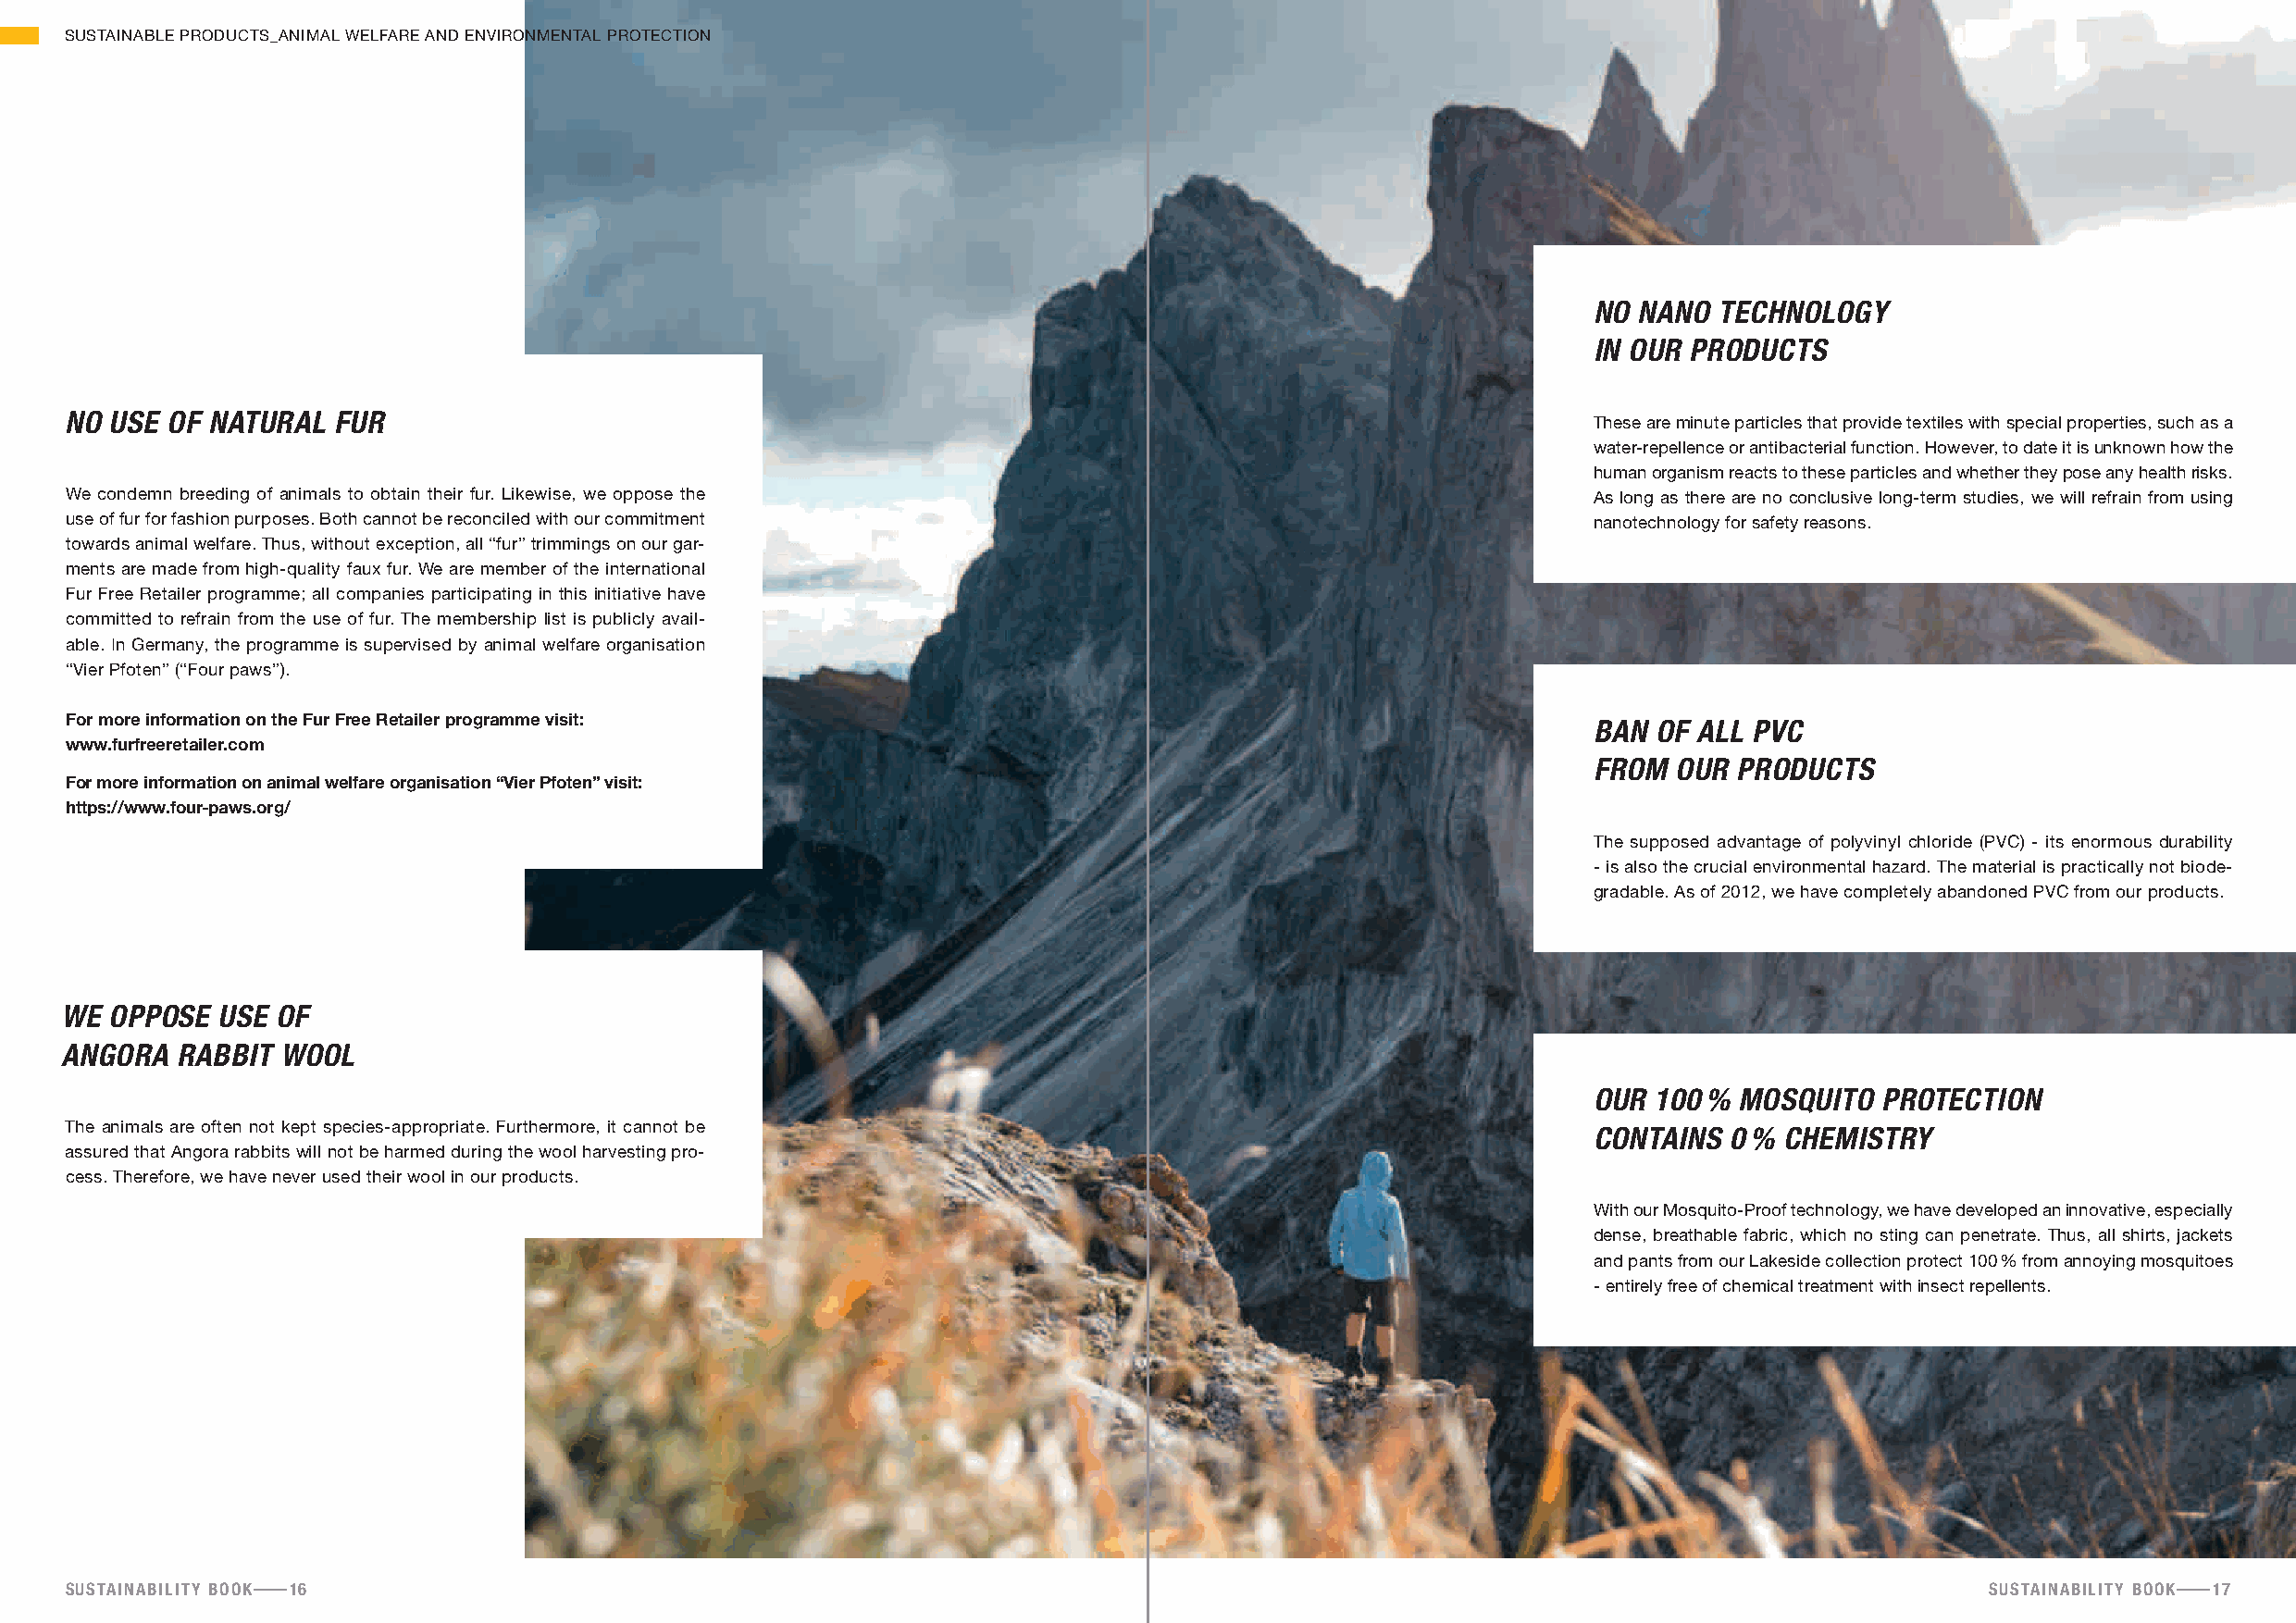
SUSTAINABLE PRODUCTS_ANIMAL WELFARE AND ENVIRONMENTAL PROTECTION
 no nano  technology
 in ouR PRoducts
 no use of natuRal  fuR                                                                                       These are minute particles that provide textiles with special properties, such as a
 water-repellence or antibacterial function. However, to date it is unknown how the
 human organism reacts to these particles and whether they pose any health risks.
 We condemn breeding of animals to obtain their fur. Likewise, we oppose the                                  As long as there are no conclusive long-term studies, we will refrain from using
 use of fur for fashion purposes. Both cannot be reconciled with our commitment                               nanotechnology for safety reasons.
 towards animal welfare. Thus, without exception, all “fur” trimmings on our gar-
 ments are made from high-quality faux fur. We are member of the international
 Fur Free Retailer programme; all companies participating in this initiative have
 committed to refrain from the use of fur. The membership list is publicly avail-
 able. In Germany, the programme is supervised by animal welfare organisation
 “Vier Pfoten” (“Four paws”).
 for more information on the fur free retailer programme visit:
 ban of all PVc
 www.furfreeretailer.com
 fRom  ouR PRoducts
 for more information on animal welfare organisation “vier pfoten” visit:
 https://www.four-paws.org/
 The supposed advantage of polyvinyl chloride (PVC) - its enormous durability
 - is also the crucial environmental hazard. The material is practically not biode-
 gradable. As of 2012, we have completely abandoned PVC from our products.
 we  oPPose use  of
 angoRa  Rabbit  wool
 ouR 100 % mosquito  PRotection
 The animals are often not kept species-appropriate. Furthermore, it cannot be
 contains  0 % chemistRy
 assured that Angora rabbits will not be harmed during the wool harvesting pro-
 cess. Therefore, we have never used their wool in our products.
 With our Mosquito-Proof technology, we have developed an innovative, especially
 dense, breathable fabric, which no sting can penetrate. Thus, all shirts, jackets
 and pants from our Lakeside collection protect 100 % from annoying mosquitoes
 - entirely free of chemical treatment with insect repellents.
 sustainability booK 16                                                                                                                   sustainability booK 17